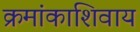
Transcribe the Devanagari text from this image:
क्रमांकाशिवाय